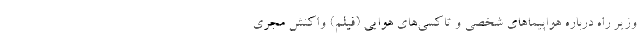
وزیر راه درباره هواپیماهای شخصی و تاکسی‌های هوایی (فیلم) واکنش مجری